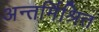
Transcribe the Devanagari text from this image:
अन्तर्मिश्रित